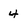
Character: 4